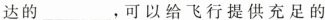
达的___，可以给飞行提供充足的